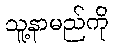
သူ့နာမည်ကို